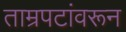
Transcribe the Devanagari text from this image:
ताम्रपटांवरून